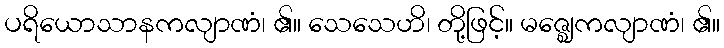
ပရိယောသာနကလျာဏံ၊ ၏။ သေသေဟိ၊ တို့ဖြင့်။ မဇ္ဈေကလျာဏံ၊ ၏။